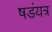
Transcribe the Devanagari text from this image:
षडंयत्र